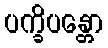
ပက္ခိပန္တော